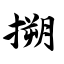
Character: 搠